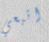
اتبعي